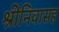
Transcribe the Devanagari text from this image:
श्रीनिवासह